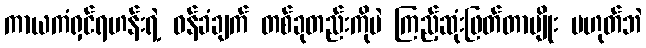
ကာယကံရှင်ရဟန်းရဲ့ ဝန်ခံချက် တစ်ခုတည်းကိုပဲ ကြည့်ဆုံးဖြတ်တာမျိုး မဟုတ်ဘဲ